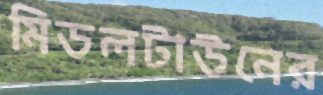
মিডলটাউনের